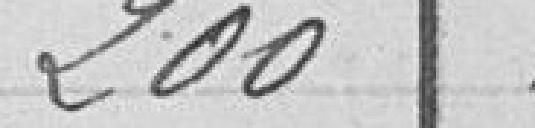
200